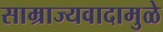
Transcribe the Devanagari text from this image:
साम्राज्यवादामुळे